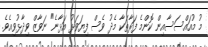
މު މުއައްސަސާއިން ކޮންމެ ފަރާތަކާ މެދު ވެސް ފިޔަވަޅު އަޅާނެ" ނަވާޒް ވިދާޅުވިއެވެ.